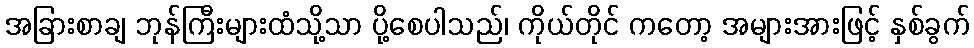
အခြားစာချ ဘုန်ကြီးများထံသို့သာ ပို့စေပါသည်၊ ကိုယ်တိုင် ကတော့ အများအားဖြင့် နှစ်ခွက်